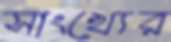
সাংখ্যের